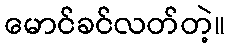
မောင်ခင်လတ်တဲ့။